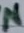
Text: N